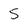
Character: 5